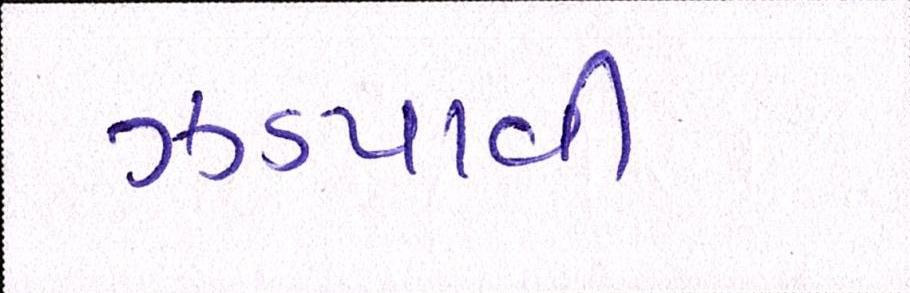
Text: ઝડપાવી